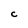
Character: C